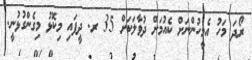
ރޯދަ މަހު އެމީހުންނަށް ކެއުމަށް ދުވާލަކަށް 35 ރ. ދީފައި މިކޮޅު މިގެންގުޅުނީ.